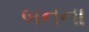
બનના